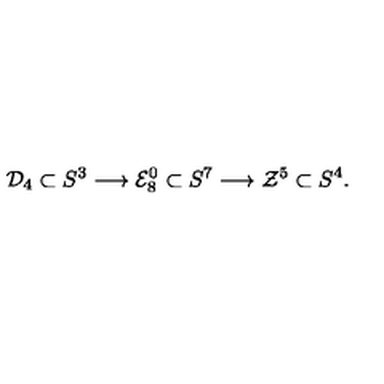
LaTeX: { \cal D } _ { 4 } \subset S ^ { 3 } \longrightarrow { \cal E } _ { 8 } ^ { 0 } \subset S ^ { 7 } \longrightarrow { \cal Z } ^ { 5 } \subset S ^ { 4 } .